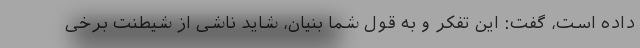
داده است، گفت: این تفکر و به قول شما بنیان، شاید ناشی از شیطنت برخی